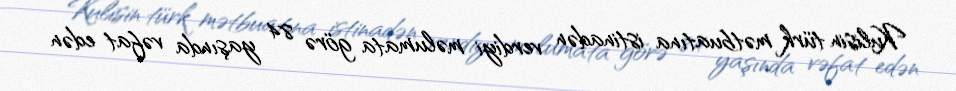
Kulisin türk mətbuatına istinadən verdiyi məlumata görə 84 yaşında vəfat edən